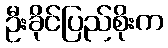
ဦးခိုင်ပြည်စိုးက